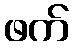
ဖက်